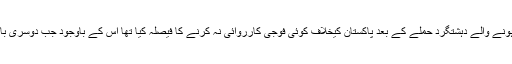
یہاں ایک بات قابلِ غور یہ ہے کہ من موہن سنگھ نے2008 میں ممبئی پر ہونے والے دہشتگرد حملے کے بعد پاکستان کیخلاف کوئی فوجی کارروائی نہ کرنے کا فیصلہ کیا تھا اس کے باوجود جب دوسری بار میدان میں اُترے تب ان کی نشستوں اور ووٹ کی شرح میں اضافہ میں ہوا۔